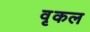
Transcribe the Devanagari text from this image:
वृकल